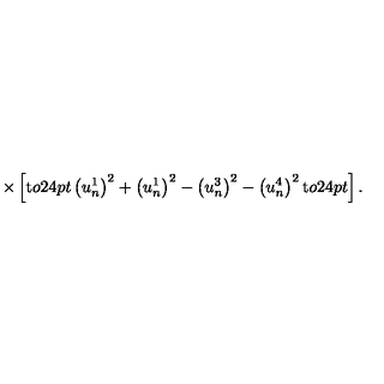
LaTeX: \times \left[ \mathrm { t } o 2 4 p t { } \left( u _ { n } ^ { 1 } \right) ^ { 2 } + \left( u _ { n } ^ { 1 } \right) ^ { 2 } - \left( u _ { n } ^ { 3 } \right) ^ { 2 } - \left( u _ { n } ^ { 4 } \right) ^ { 2 } \mathrm { t } o 2 4 p t { } \right] .